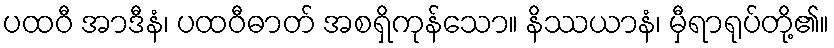
ပထဝီ အာဒီနံ၊ ပထဝီဓာတ် အစရှိကုန်သော။ နိဿယာနံ၊ မှီရာရုပ်တို့၏။